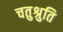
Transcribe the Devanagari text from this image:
चतुश्रुति